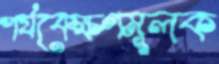
পর্যবেক্ষণমূলক